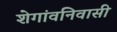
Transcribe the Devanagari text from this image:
शेगांवनिवासी